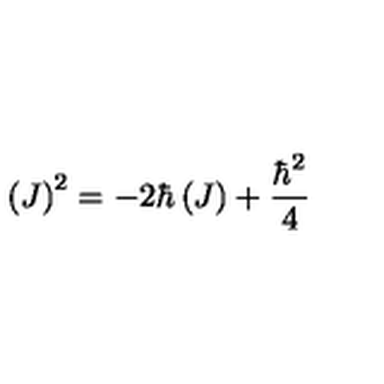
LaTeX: \left( J \right) ^ { 2 } = \mathbf { - } 2 \hbar \left( J \right) + \frac { \hbar ^ { 2 } } { 4 }